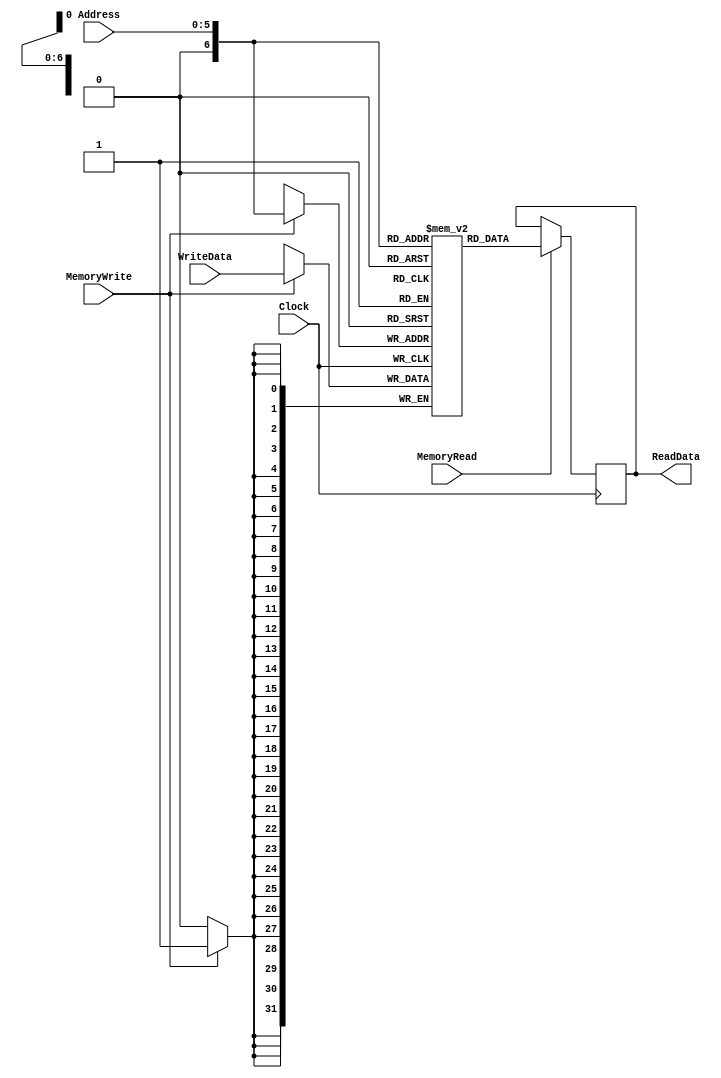
`ifndef _datamemory_v_
`define _datamemory_v_
`endif



module DataMemory ( ReadData , Address , WriteData , MemoryRead , MemoryWrite , Clock ) ;

  parameter DataMemory_Size = 256;              // in bytes

  output reg [31:0] ReadData;
  input wire [5:0] Address; 
  input wire [31:0] WriteData;
  input wire MemoryRead, MemoryWrite, Clock;
  
  reg [31:0] data [DataMemory_Size/4:0];        // The actual stored data
  
  always @(posedge Clock) begin                             
    if (MemoryRead)
      ReadData <= data[Address];                
    else
      ReadData <= ReadData;                     // If read enable is low, retain previous value
  
  end
  
  always @(negedge Clock) begin                  // Writes synchronous with negedge Clock
    if (MemoryWrite)
      data[Address] <= WriteData;  
  end  
    

endmodule